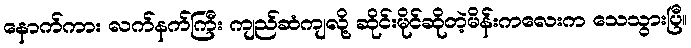
နောက်ကား လက်နက်ကြီး ကျည်ဆံကျလို့ ဆိုင်းမိုင်ဆိုတဲ့မိန်းကလေးက သေသွားပြီ။